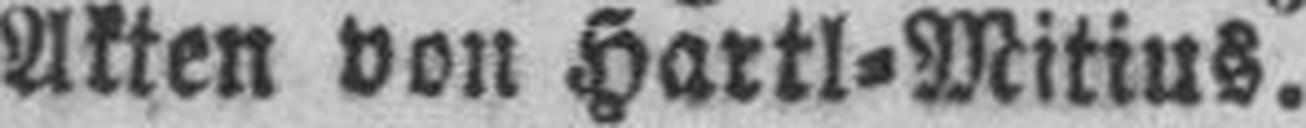
Akten von Hartl=Mitius.